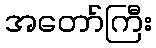
အတော်ကြီး